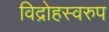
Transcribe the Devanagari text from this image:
विद्रोहस्वरुप